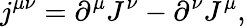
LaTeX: j^{\mu\nu}=\partial^{\mu}J^{\nu}-\partial^{\nu}J^{\mu},